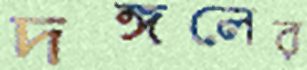
দঙ্গলের